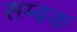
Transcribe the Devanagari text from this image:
सम्बक